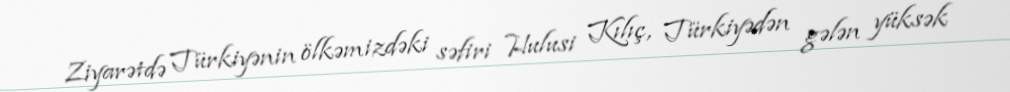
Ziyarətdə Türkiyənin ölkəmizdəki səfiri Hulusi Kılıç, Türkiyədən gələn yüksək